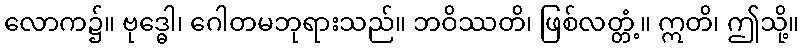
လောက၌။ ဗုဒ္ဓေါ၊ ဂေါတမဘုရားသည်။ ဘဝိဿတိ၊ ဖြစ်လတ္တံ့။ ဣတိ၊ ဤသို့။